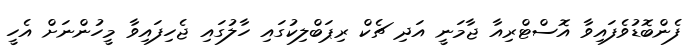
ފެންބޮޑުވެފައިވާ އޮސްޓްރިއާ ޖާމަނީ އަދި ޗެކް ރިޕަބްލިކުގައި ހާލުގައި ޖެހިފައިވާ މީހުންނަށް އެހީ